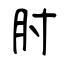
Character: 胕